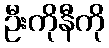
ဦးကိုနီကို